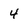
Character: 4